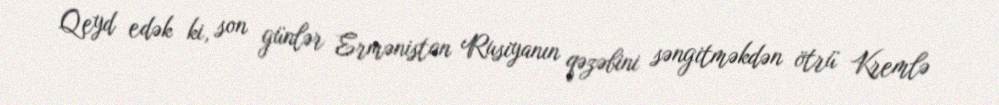
Qeyd edək ki, son günlər Ermənistan Rusiyanın qəzəbini səngitməkdən ötrü Kremlə